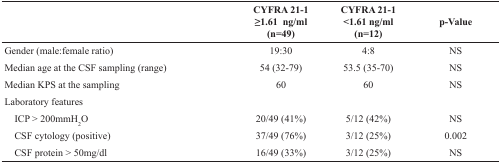
<table><thead><tr><td></td><td><b>CYFRA 21-1 ≥1.61 ng/ml(n=49)</b></td><td><b>CYFRA 21-1&lt;1.61 ng/ml(n=12)</b></td><td><b>p-Value</b></td></tr></thead><tbody><tr><td>Gender (male:female ratio)</td><td>19:30</td><td>4:8</td><td>NS</td></tr><tr><td>Median age at the CSF sampling (range)</td><td>54 (32-79)</td><td>53.5 (35-70)</td><td>NS</td></tr><tr><td>Median KPS at the sampling</td><td>60</td><td>60</td><td>NS</td></tr><tr><td>Laboratory features</td><td></td><td></td><td></td></tr><tr><td> ICP &gt; 200mmH<sub>2</sub>O</td><td>20/49 (41%)</td><td>5/12 (42%)</td><td>NS</td></tr><tr><td> CSF cytology (positive)</td><td>37/49 (76%)</td><td>3/12 (25%)</td><td>0.002</td></tr><tr><td> CSF protein &gt; 50mg/dl</td><td>16/49 (33%)</td><td>3/12 (25%)</td><td>NS</td></tr></tbody></table>